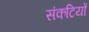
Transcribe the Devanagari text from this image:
संकटियों